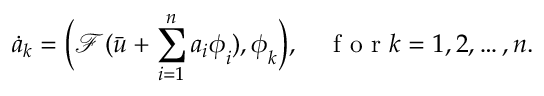
\dot { a } _ { k } = \bigg ( \mathcal { F } ( \bar { \boldsymbol { u } } + \sum _ { i = 1 } ^ { n } a _ { i } \boldsymbol { \phi } _ { i } ) , \boldsymbol { \phi } _ { k } \bigg ) , \quad \mathrm { ~ f ~ o ~ r ~ } k = 1 , 2 , \dots , n .